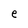
Character: e